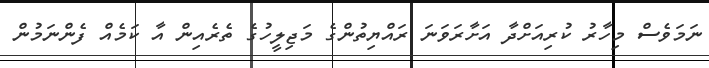
ނަމަވެސް މިހާރު ކުރިއަށްދާ އަށާރަވަނަ ރައްޔިތުންގެ މަޖިލީހުގެ ތެރެއިން އާ ކަމެއް ފެންނަމުން